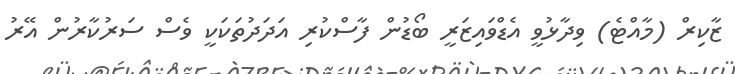
ޒާކިރް (މާއްޓެ) ވިދާޅުވީ އެޑްވައިޒަރީ ބޯޑުން ފާސްކުރި އަދަދުތަކަކީ ވެސް ސަރުކާރުން އޭރު